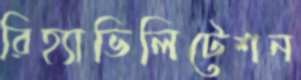
রিহ্যাভিলিটেশন